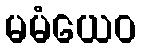
မမံယေဝ